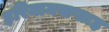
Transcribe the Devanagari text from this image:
हरिनामसप्ताह